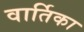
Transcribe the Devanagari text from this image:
वार्तिका